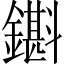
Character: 𨮊